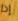
إذا